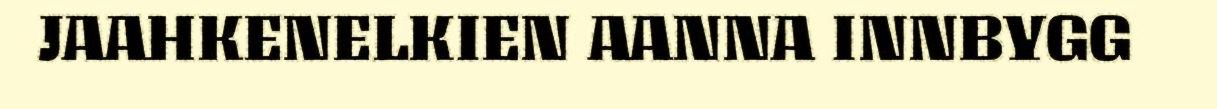
JAAHKENELKIEN AANNA INNBYGG